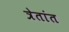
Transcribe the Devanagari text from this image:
त्रेतांत